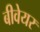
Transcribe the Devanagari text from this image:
बीवेयर